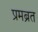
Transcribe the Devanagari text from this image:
प्रमब्रत